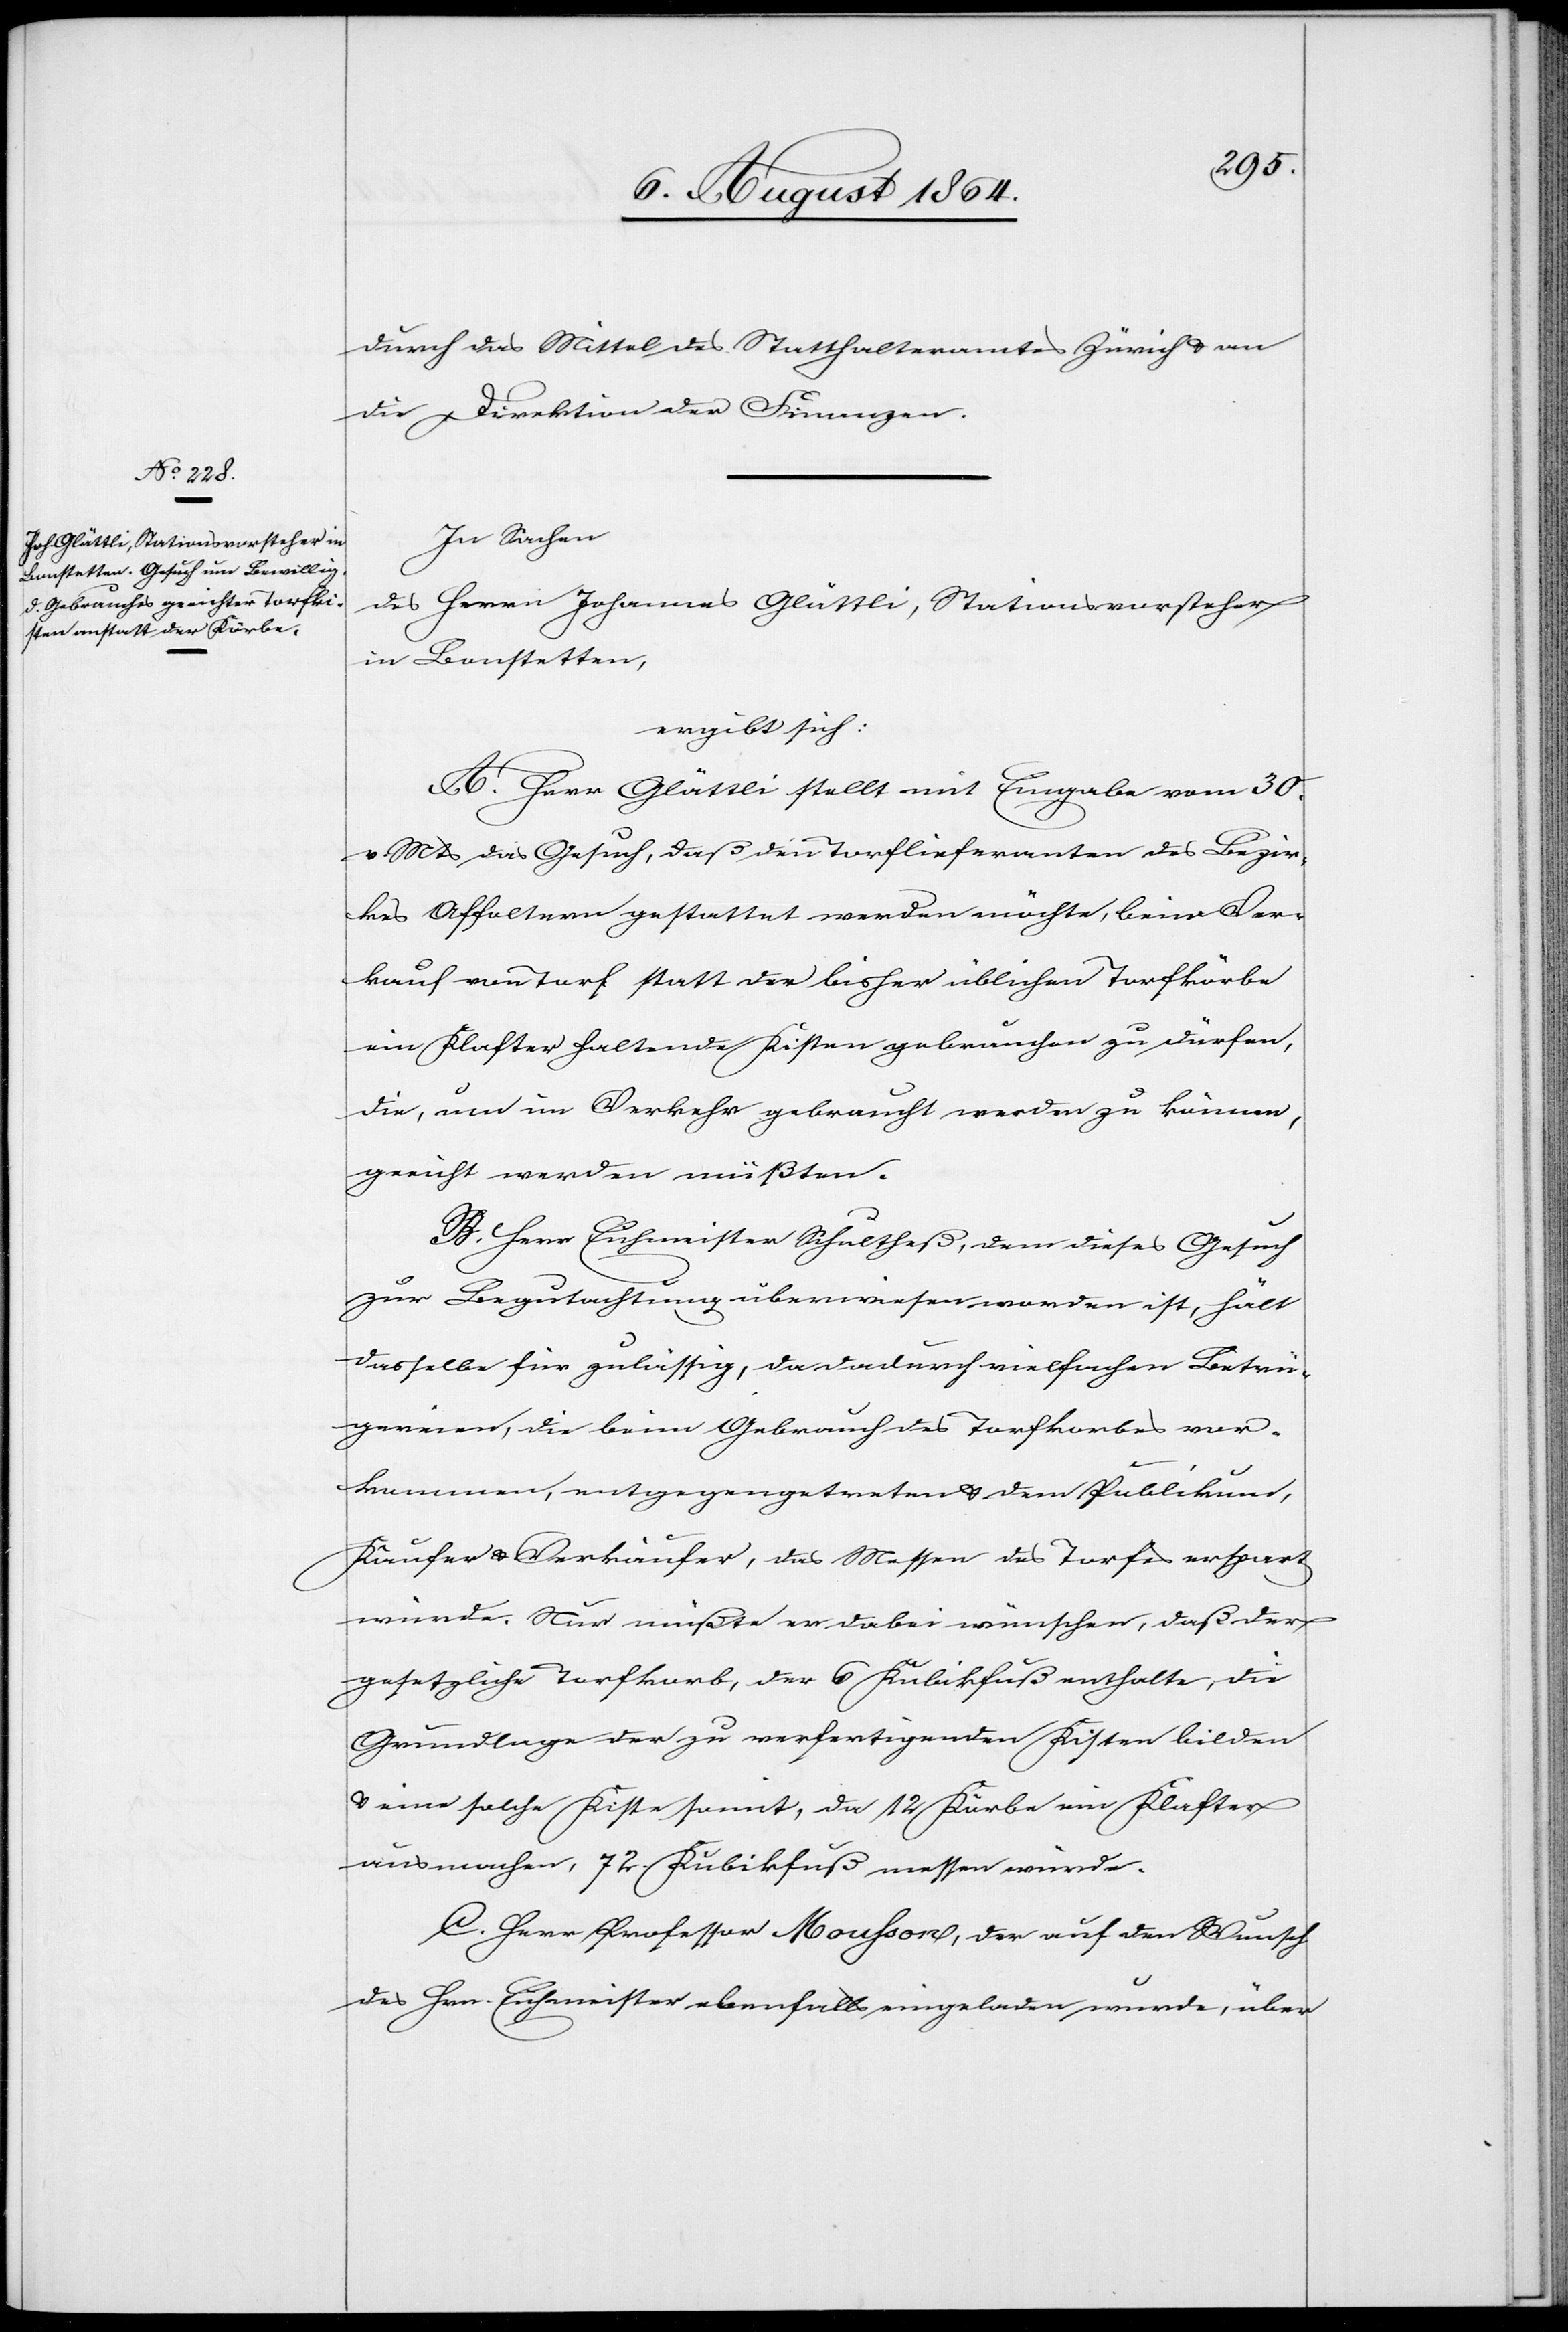
durch das Mittel des Statthalteramtes Zürich & an
die Direktion der Finanzen.
In Sachen
des Herrn Johannes Glättli, Stationsvorsteher
in Bonstetten
ergibt sich:
A. Herr Glättli stellt mit Eingabe vom 30.
v. Mts. das Gesuch, daß den Torflieferanten des Bezir¬
kes Affoltern gestattet werden möchte, beim Ver¬
kauf von Torf statt der bisher üblichen Torfkörbe
ein Klafter haltende Kisten gebrauchen zu dürfen,
die, um im Verkehr gebraucht werden zu können,
geeicht werden müßten.
B. Herr Eichmeister Schultheß, dem dieses Gesuch
zur Begutachtung überwiesen worden ist, hält
dasselbe für zulässig, da dadurch vielfachen Betrü¬
gereien, die beim Gebrauch des Torfkorbes vor¬
kommen, entgegengetreten & dem Publikum,
Käufer & Verkäufer, das Messen des Torfes erspart
würde. Nur müßte er dabei wünschen, daß der
gesetzliche Torfkorb, der 6 Kubikfuß enthalte, die
Grundlage der zu verfertigenden Kisten bilden
& eine solche Kiste somit, da 12 Körbe ein Klafter
ausmachen, 72 Kubikfuß messen würde.
C. Herr Professor Mousson, der auf den Wusch
des Hrn. Eichmeister ebenfalls eingeladen wurde, über